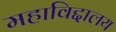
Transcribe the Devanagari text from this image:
महाविद्दालय